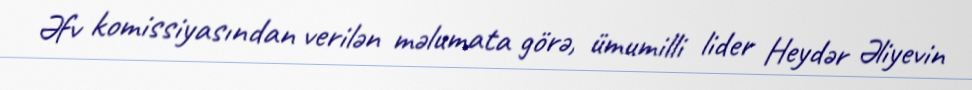
Əfv komissiyasından verilən məlumata görə, ümumilli lider Heydər Əliyevin